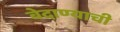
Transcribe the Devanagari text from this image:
बेदाण्याची